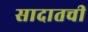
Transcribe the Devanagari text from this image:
सादातची